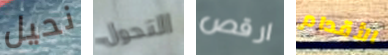
نحيل التحول ارقص الأقدام